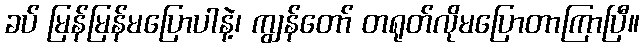
ခပ် မြန်မြန်မပြောပါနဲ့၊ ကျွန်တော် တရုတ်လိုမပြောတာကြာပြီ။